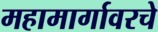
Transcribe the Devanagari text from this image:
महामार्गावरचे